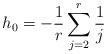
LaTeX: \begin{align*} h_0=- \frac{1}{r}\sum_{j=2}^r\frac{1}{j}\end{align*}